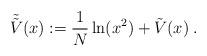
LaTeX: \begin{align*}\tilde{\tilde{V}}(x) := \frac{1}{N} \ln ( x^2 ) + \tilde{V}(x) \; .\end{align*}